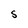
Character: S